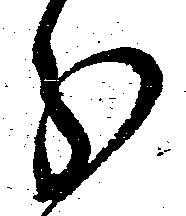
分